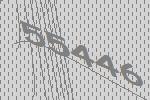
55446